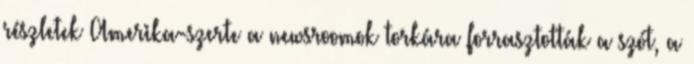
részletek Amerika-szerte a newsroomok torkára forrasztották a szót, a